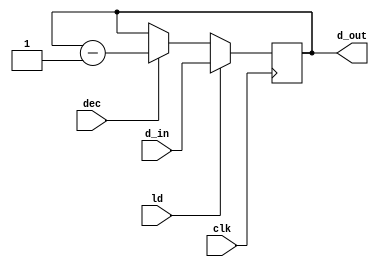
`timescale 1ns / 1ps
module cntr(
    input [15:0]d_in,
    input ld,dec,clk,
    output reg[15:0] d_out
    );
    always@(posedge clk)
    begin
        if(ld)
             d_out<=d_in;
        else if(dec) d_out<=d_out-1;
    end
endmodule